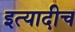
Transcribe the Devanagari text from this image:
इत्यादीच